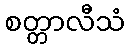
စတ္တာလီသံ